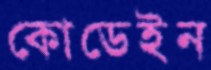
কোডেইন